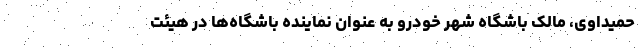
حمیداوی، مالک باشگاه شهر خودرو به عنوان نماینده باشگاه‌ها در هیئت